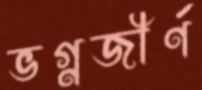
ভগ্নজীর্ণ